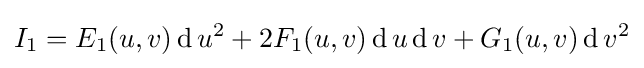
I_{1}=E_{1}(u,v)\operatorname {d} u^{2}+2F_{1}(u,v)\operatorname {d} u\operatorname {d} v+G_{1}(u,v)\operatorname {d} v^{2}